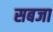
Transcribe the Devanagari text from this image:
सबजा